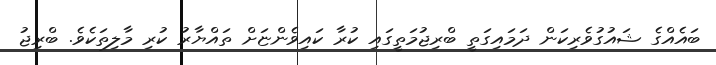
ބައެއްގެ ޝައުގުވެރިކަން ދަމައިގަތީ ބްރިޖުމަތީގައި ކުރާ ކައިވެންޏަށް ތައްޔާރު ކުރި މާލިތަކެވެ. ބްރިޖު